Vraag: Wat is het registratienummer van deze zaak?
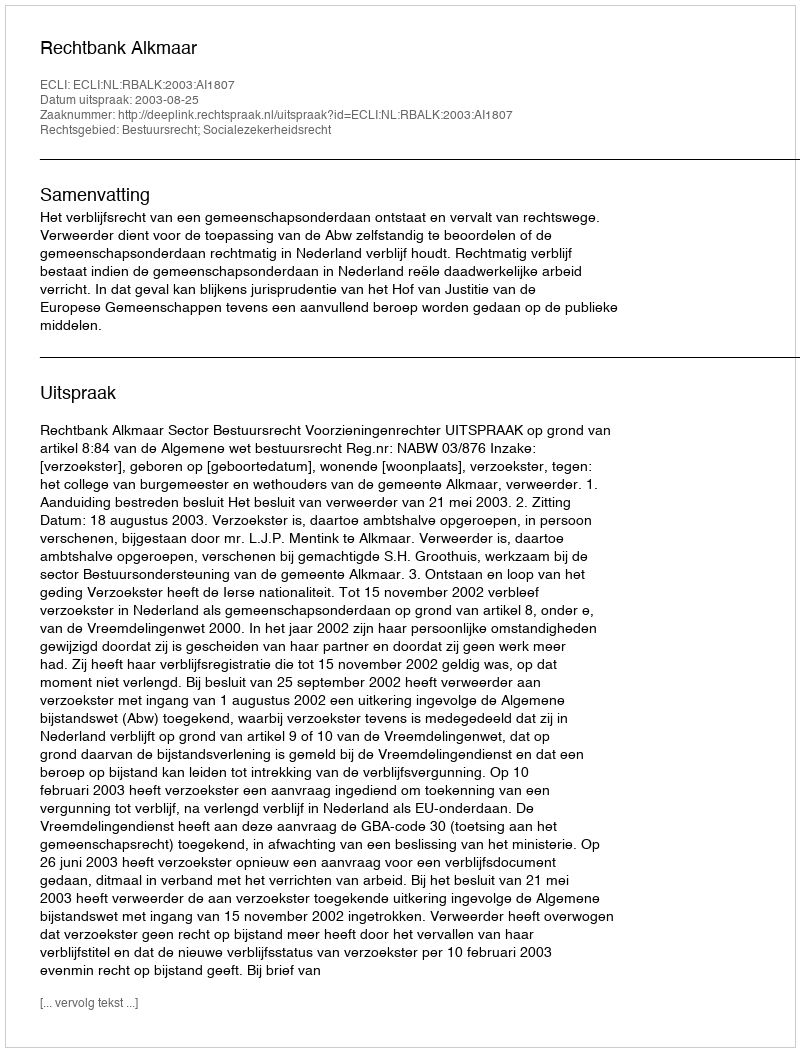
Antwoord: http://deeplink.rechtspraak.nl/uitspraak?id=ECLI:NL:RBALK:2003:AI1807